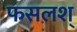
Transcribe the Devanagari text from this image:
फसलश्